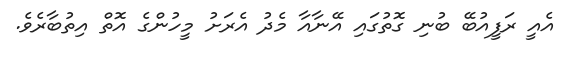
އެއީ ރަފީއުބޭ ބުނި ގޮތުގައި އޭނާއާ މެދު އެރަށު މީހުންގެ އޮތް އިތުބާރެވެ.